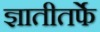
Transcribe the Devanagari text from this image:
ज्ञातीतर्फे